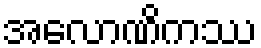
အလောဏိကဿ